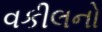
વકીલનો